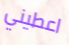
اعطيني